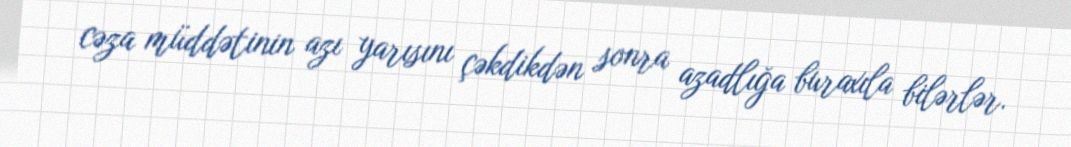
cəza müddətinin azı yarısını çəkdikdən sonra azadlığa buraxıla bilərlər.